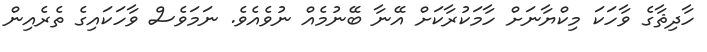
ހާދިޘާގެ ވާހަކަ މިކްޔާނަށް ހާމަކުރާކަށް އޭނާ ބޭނުމެއް ނުވެއެވެ. ނަމަވެސް ވާހަކައިގެ ތެރެއިން